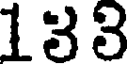
133